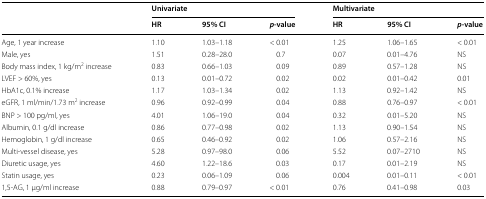
<table><thead><tr><td rowspan="2"></td><td colspan="3"><b>Univariate</b></td><td colspan="3"><b>Multivariate</b></td></tr><tr><td><b>HR</b></td><td><b>95% CI</b></td><td><b><i>p</i>-value</b></td><td><b>HR</b></td><td><b>95% CI</b></td><td><b><i>p</i>-value</b></td></tr></thead><tbody><tr><td>Age, 1 year increase</td><td>1.10</td><td>1.03–1.18</td><td>&lt; 0.01</td><td>1.25</td><td>1.06–1.65</td><td>&lt; 0.01</td></tr><tr><td>Male, yes</td><td>1.51</td><td>0.28–28.0</td><td>0.7</td><td>0.07</td><td>0.01–4.76</td><td>NS</td></tr><tr><td>Body mass index, 1 kg/m<sup>2</sup> increase</td><td>0.83</td><td>0.66–1.03</td><td>0.09</td><td>0.89</td><td>0.57–1.28</td><td>NS</td></tr><tr><td>LVEF &gt; 60%, yes</td><td>0.13</td><td>0.01–0.72</td><td>0.02</td><td>0.02</td><td>0.01–0.42</td><td>0.01</td></tr><tr><td>HbA1c, 0.1% increase</td><td>1.17</td><td>1.03–1.34</td><td>0.02</td><td>1.13</td><td>0.92–1.42</td><td>NS</td></tr><tr><td>eGFR, 1 ml/min/1.73 m<sup>2</sup> increase</td><td>0.96</td><td>0.92–0.99</td><td>0.04</td><td>0.88</td><td>0.76–0.97</td><td>&lt; 0.01</td></tr><tr><td>BNP &gt; 100 pg/ml, yes</td><td>4.01</td><td>1.06–19.0</td><td>0.04</td><td>0.32</td><td>0.01–5.20</td><td>NS</td></tr><tr><td>Albumin, 0.1 g/dl increase</td><td>0.86</td><td>0.77–0.98</td><td>0.02</td><td>1.13</td><td>0.90–1.54</td><td>NS</td></tr><tr><td>Hemoglobin, 1 g/dl increase</td><td>0.65</td><td>0.46–0.92</td><td>0.02</td><td>1.06</td><td>0.57–2.16</td><td>NS</td></tr><tr><td>Multi-vessel disease, yes</td><td>5.28</td><td>0.97–98.0</td><td>0.06</td><td>5.52</td><td>0.07–2710</td><td>NS</td></tr><tr><td>Diuretic usage, yes</td><td>4.60</td><td>1.22–18.6</td><td>0.03</td><td>0.17</td><td>0.01–2.19</td><td>NS</td></tr><tr><td>Statin usage, yes</td><td>0.23</td><td>0.06–1.09</td><td>0.06</td><td>0.004</td><td>0.01–0.11</td><td>&lt; 0.01</td></tr><tr><td>1,5-AG, 1 μg/ml increase</td><td>0.88</td><td>0.79–0.97</td><td>&lt; 0.01</td><td>0.76</td><td>0.41–0.98</td><td>0.03</td></tr></tbody></table>